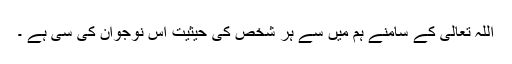
اللہ تعالیٰ کے سامنے ہم میں سے ہر شخص کی حیثیت اس نوجوان کی سی ہے ۔